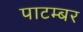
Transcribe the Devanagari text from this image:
पाटम्बर